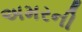
અમરની